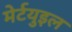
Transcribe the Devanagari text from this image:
मेर्टयुइल